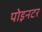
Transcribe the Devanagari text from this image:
पोइनटर